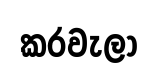
කරවැලා